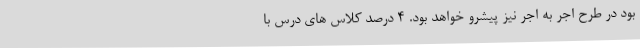
بود در طرح اجر به اجر نیز پیشرو خواهد بود. 4 درصد کلاس های درس با